65_HS1-834228961_62-HQ-83894_Section_3
Agency: FBI
Page 50
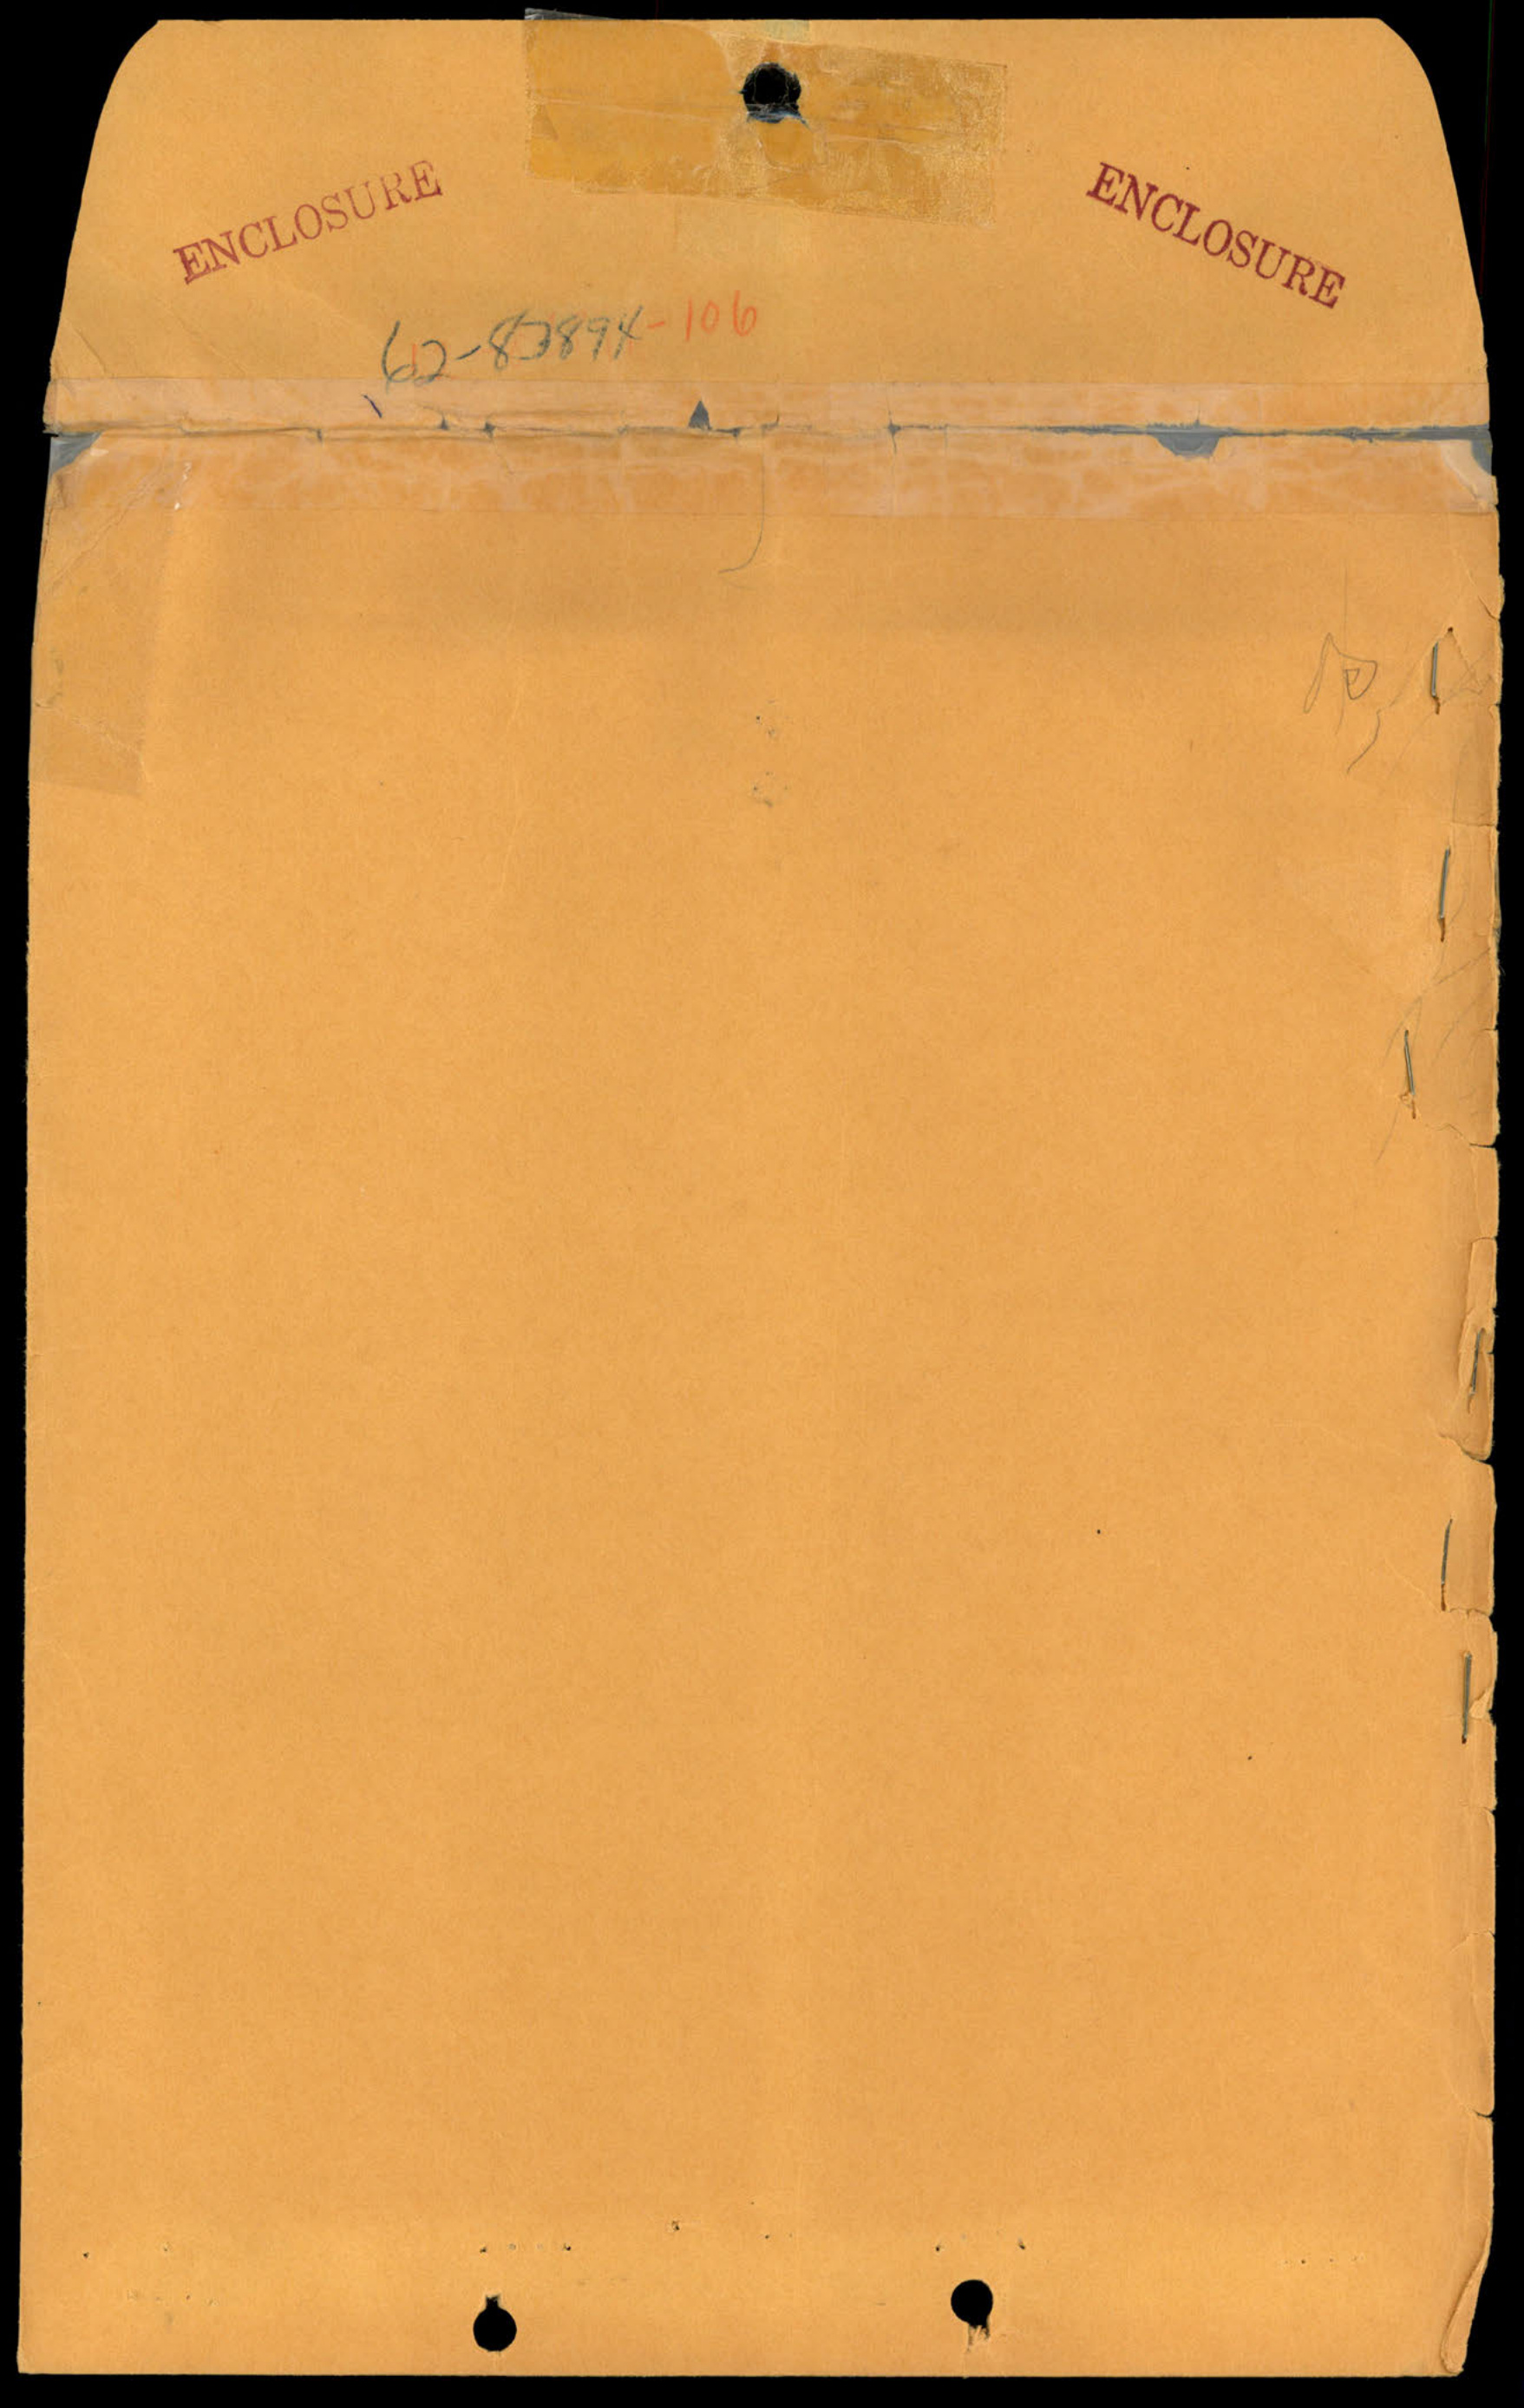